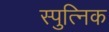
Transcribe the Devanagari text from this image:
स्पुत्निक